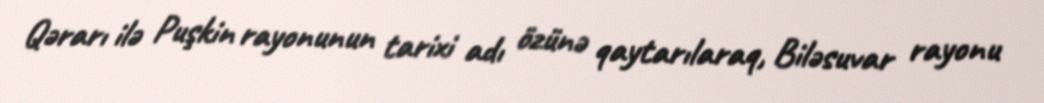
Qərarı ilə Puşkin rayonunun tarixi adı özünə qaytarılaraq, Biləsuvar rayonu